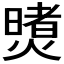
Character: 𪹶